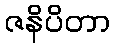
ဇနိပိတာ